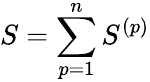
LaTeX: S=\sum_{p=1}^{n}S^{(p)}